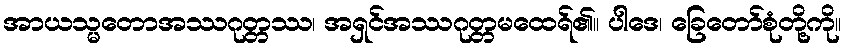
အာယသ္မတောအဿဂုတ္တဿ၊ အရှင်အဿဂုတ္တမထေရ်၏။ ပါဒေ၊ ခြေတော်စုံတို့ကို။